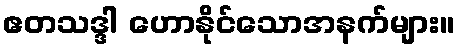
ဧတသဒ္ဒါ ဟောနိုင်သောအနက်များ။